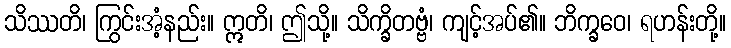
သိဿတိ၊ ကြွင်းအံ့နည်း။ ဣတိ၊ ဤသို့။ သိက္ခိတဗ္ဗံ၊ ကျင့်အပ်၏။ ဘိက္ခဝေ၊ ရဟန်းတို့။